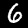
Label: 6